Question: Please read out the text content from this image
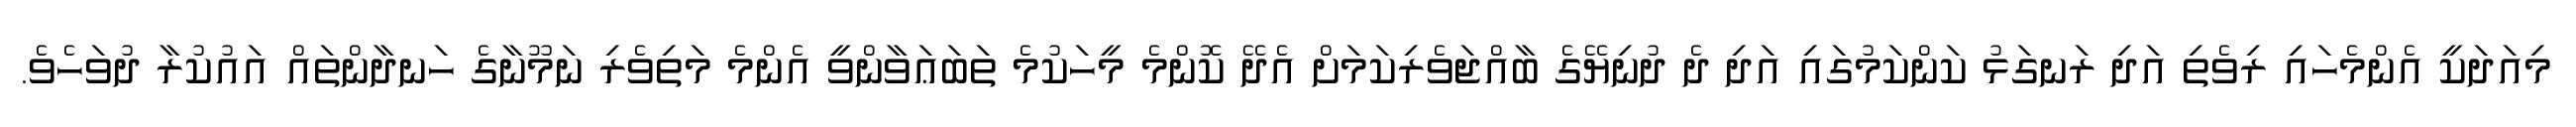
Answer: މިއަދަކީ އެންމެހައި ރިވެތި އަދި ރަނގަޅު ކަންކަމުގައި އަދި ދެ ދުނިޔޭގެ ބާއްޖަވެރިކަމަށް އެދޭ ކޮންމެ މީހަކުމެ ތަބަޢަވާންވީ އެންމެ މަތިވެރި ނަމޫނާގެ ހަނދާންތައް އައުކުރާ ދުވަހެވެ.